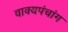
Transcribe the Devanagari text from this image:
वाक्यपंचांग